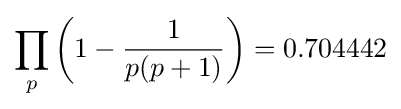
\prod _{p}\left(1-{\frac {1}{p(p+1)}}\right)=0.704442